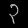
Digit: ၃